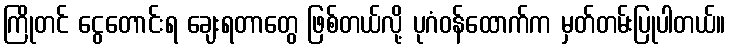
ကြိုတင် ငွေတောင်းရ ချေးရတာတွေ ဖြစ်တယ်လို့ ပုဂံဝန်ထောက်က မှတ်တမ်းပြုပါတယ်။